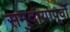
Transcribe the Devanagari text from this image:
समुदायापूर्वों